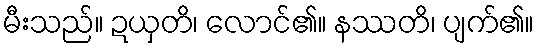
မီးသည်။ ဍယှတိ၊ လောင်၏။ နဿတိ၊ ပျက်၏။